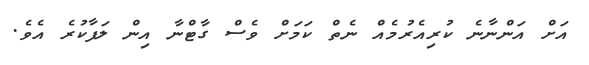
އަށް އަންނާނެ ކުރިއެރުމެއް ނެތް ކަމަށް ވެސް ގާޓްނާ އިން ލަފާކުރެ އެވެ.